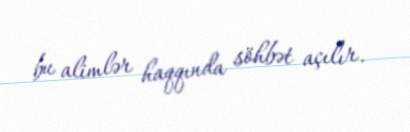
bu alimlər haqqında söhbət açılır.